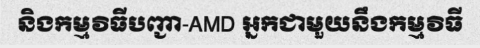
និងកម្មវិធីបញ្ជា-AMD អ្នកជាមួយនឹងកម្មវិធី